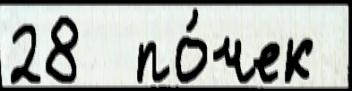
28  по́чек